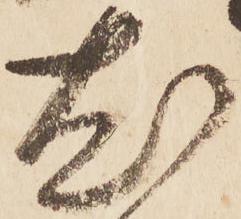
尤